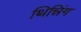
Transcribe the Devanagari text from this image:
थिन्निंग